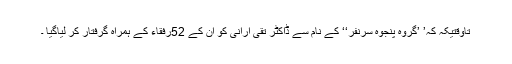
تاوقتیکہ کہ’ ’گروہ پنجوہ سرنفر‘‘ کے نام سے ڈاکٹر تقی ارانی کو ان کے 52رفقاء کے ہمراہ گرفتار کر لیاگیا ۔